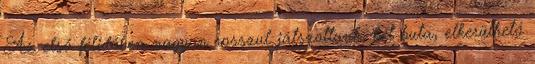
Az első félidőben nagyon rosszul játszottunk, két buta, elkerülhető